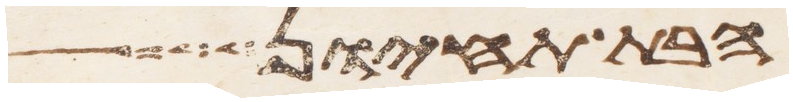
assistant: הבת תחיון